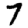
Digit: 7